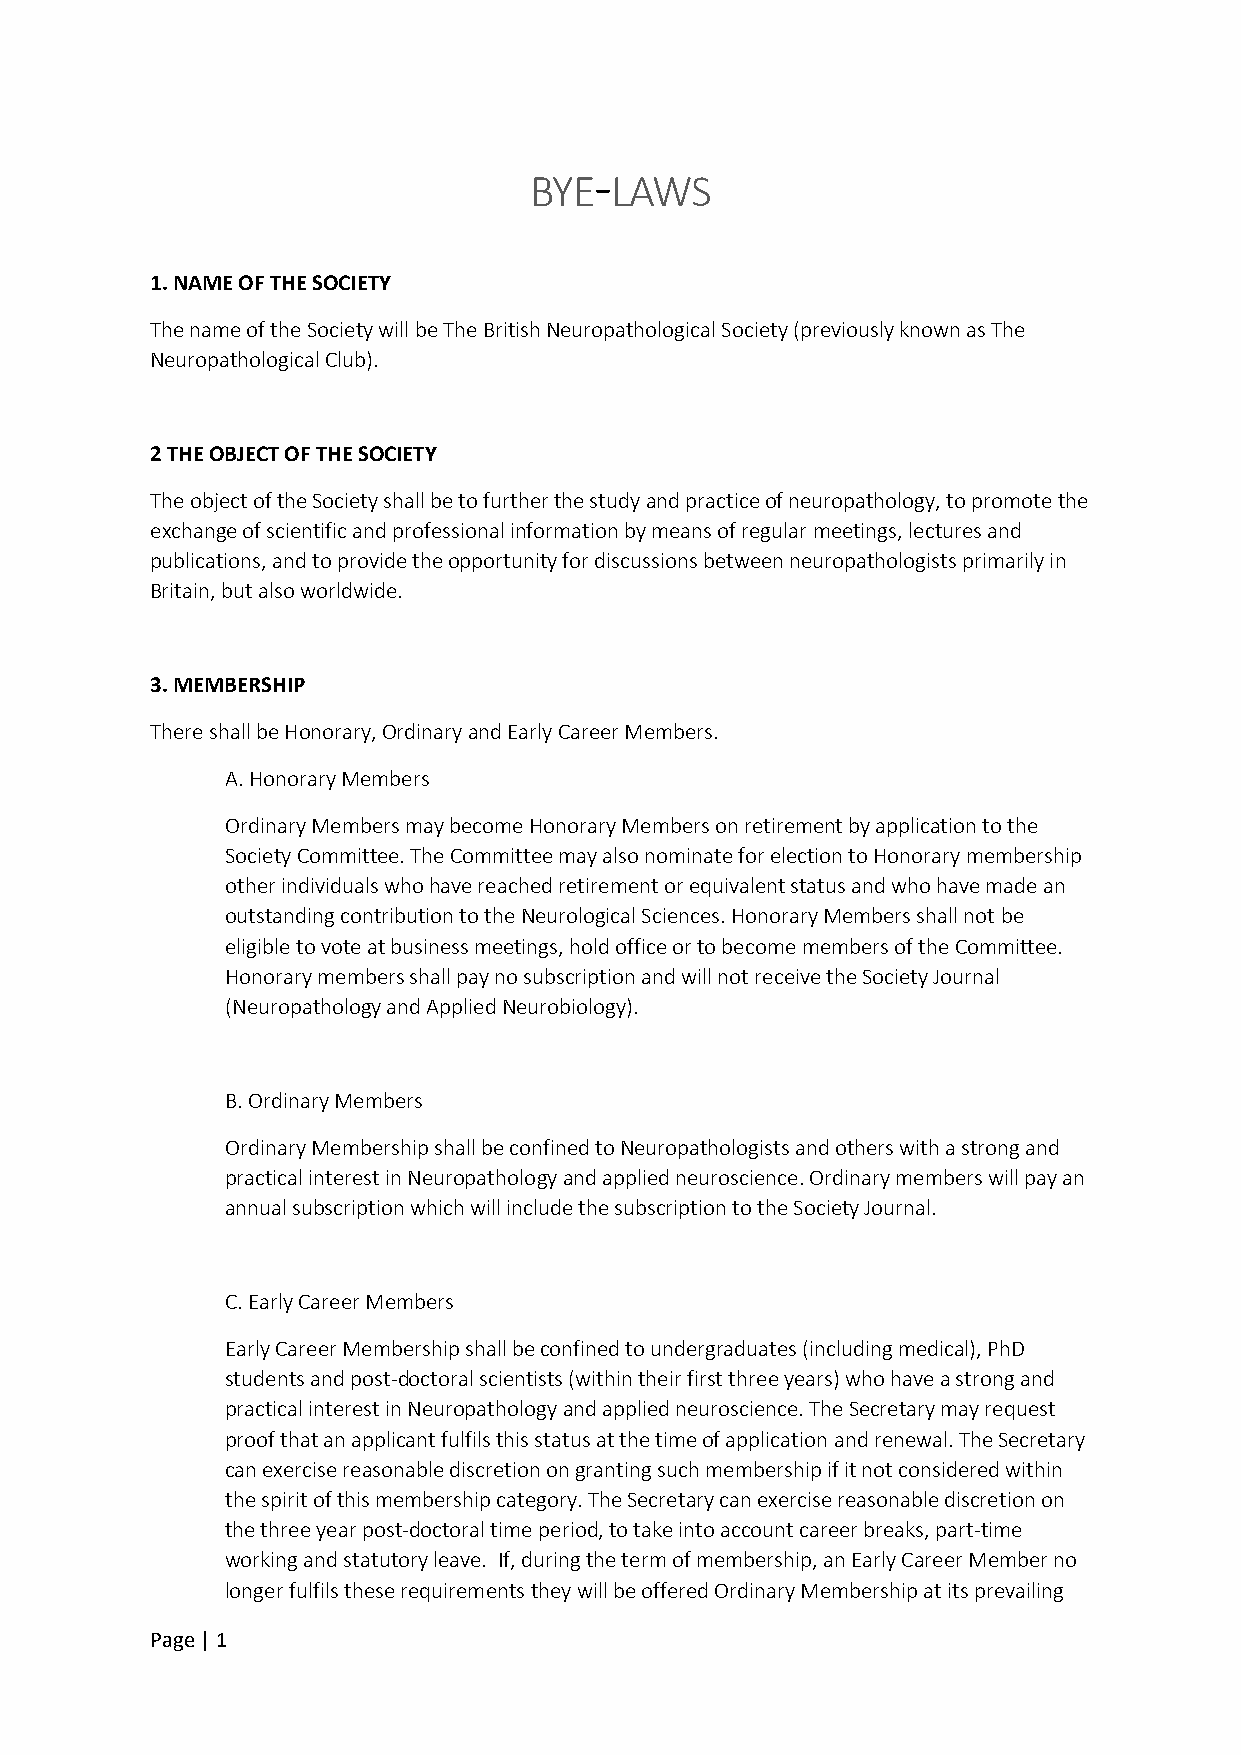
-
 BYE  LAWS
 1. NAME OF THE SOCIETY
 The name of the Society will be The British Neuropathological Society (previously known as The
 Neuropathological Club).
 2 THE OBJECT OF THE SOCIETY
 The object of the Society shall be to further the study and practice of neuropathology, to promote the
 exchange of scientific and professional information by means of regular meetings, lectures and
 publications, and to provide the opportunity for discussions between neuropathologists primarily in
 Britain, but also worldwide.
 3. MEMBERSHIP
 There shall be Honorary, Ordinary and Early Career Members.
 A. Honorary Members
 Ordinary Members may become Honorary Members on retirement by application to the
 Society Committee. The Committee may also nominate for election to Honorary membership
 other individuals who have reached retirement or equivalent status and who have made an
 outstanding contribution to the Neurological Sciences. Honorary Members shall not be
 eligible to vote at business meetings, hold office or to become members of the Committee.
 Honorary members shall pay no subscription and will not receive the Society Journal
 (Neuropathology and Applied Neurobiology).
 B. Ordinary Members
 Ordinary Membership shall be confined to Neuropathologists and others with a strong and
 practical interest in Neuropathology and applied neuroscience. Ordinary members will pay an
 annual subscription which will include the subscription to the Society Journal.
 C. Early Career Members
 Early Career Membership shall be confined to undergraduates (including medical), PhD
 students and post-doctoral scientists (within their first three years) who have a strong and
 practical interest in Neuropathology and applied neuroscience. The Secretary may request
 proof that an applicant fulfils this status at the time of application and renewal. The Secretary
 can exercise reasonable discretion on granting such membership if it not considered within
 the spirit of this membership category. The Secretary can exercise reasonable discretion on
 the three year post-doctoral time period, to take into account career breaks, part-time
 working and statutory leave. If, during the term of membership, an Early Career Member no
 longer fulfils these requirements they will be offered Ordinary Membership at its prevailing
 Page | 1